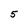
Character: 5